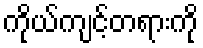
ကိုယ်ကျင့်တရားကို